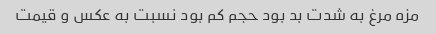
مزه مرغ به شدت بد بود حجم کم بود نسبت به عکس و قیمت